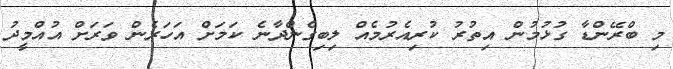
މި ބްރޭންޑާ ގުޅުމުން އިތުރު ކުރިއެރުމެއް ލިބިގެންދާނެ ކަމަށް އަހަރެން ވަރަށް އުއްމީދު